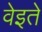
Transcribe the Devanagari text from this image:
वेइते